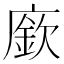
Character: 廞